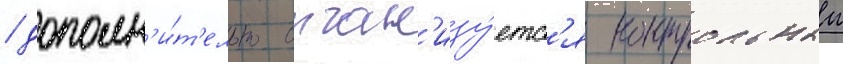
/ дополн'и́т'ельно орган'изу́етс'я контрольныи